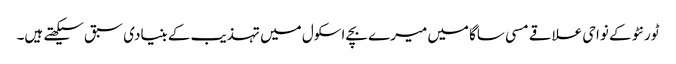
ٹورنٹو کے نواحی علاقے مسی ساگا میں میرے بچے اسکول میں تہذیب کے بنیادی سبق سیکھتے ہیں۔